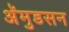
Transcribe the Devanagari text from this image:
अॅमुडसन